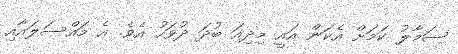
ސަމާލު ކަމަށް އެކަން އައީ މިދިއަ ބުދަ ދުވަހު އެވެ. އެ މައްސަލައާއި